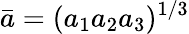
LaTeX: \bar{a}=(a_{1}a_{2}a_{3})^{1/3}